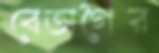
বেতাগৈর